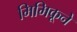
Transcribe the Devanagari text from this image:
मिमिकूने